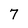
Character: 7